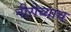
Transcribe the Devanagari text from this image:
नीरोच्याच